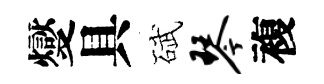
燮具碔琴複